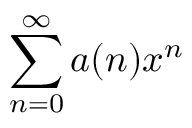
\sum _ { n = 0 } ^ { \infty } a ( n ) x ^ { n }